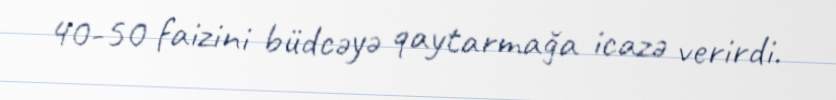
40-50 faizini büdcəyə qaytarmağa icazə verirdi.